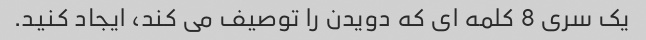
یک سری 8 کلمه ای که دویدن را توصیف می کند، ایجاد کنید.